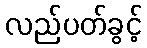
လည်ပတ်ခွင့်